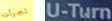
تجرأت U-Turn